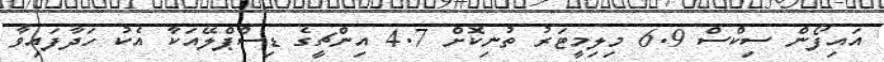
އައިފޯން ސިކްސް 6.9 މިލިމީޓަރު ތުނިކޮށް 4.7 އިންޗީގެ ޑިސްޕްލޭއަކާ އެކު ހަދާފައިވާ